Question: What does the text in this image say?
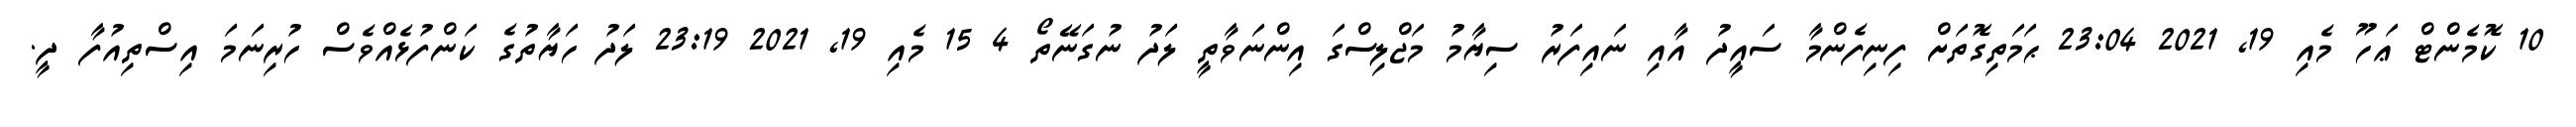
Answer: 10 ކޮމެންޓް ޢަހޫ މެއި 19, 2021 23:04 ޙަމަތިގޮތަށް ފިނިފެންމާ ސައީދު އާއި ނައިފަރު ސިޔާމު މަޖްލިސްގަ އިންނަވާތީ ލަދު ނުގަނޭތޯ 4 15 މެއި 19, 2021 23:19 ލަދު ހަޔާތުގެ ކަންފުޅެއްވެސް ހުރިނަމަ އިސްތިއުފާ ދީ.